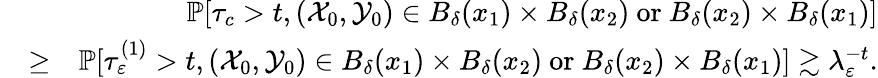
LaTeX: \begin{array}{rlr}&{}&{\mathbb{P}[\tau_{c}>t,({\mathcal X}_{0},{\mathcal Y}_{0})\in B_{\delta}(x_{1})\times B_{\delta}(x_{2})\ \mathrm{or}\ B_{\delta}(x_{2})\times B_{\delta}(x_{1})]}\\ &{\ge}&{\mathbb{P}[\tau_{\varepsilon}^{(1)}>t,({\mathcal X}_{0},{\mathcal Y}_{0})\in B_{\delta}(x_{1})\times B_{\delta}(x_{2})\ \mathrm{or}\ B_{\delta}(x_{2})\times B_{\delta}(x_{1})]\gtrsim\lambda_{\varepsilon}^{-t}.}\end{array}